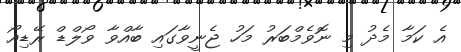
އެ ކަމާ މެދު މި ނޮވެމްބަރު މަހު ޖެނީވާގައި ބާއްވާ ވޯލްޑް ރޭޑިއޯ